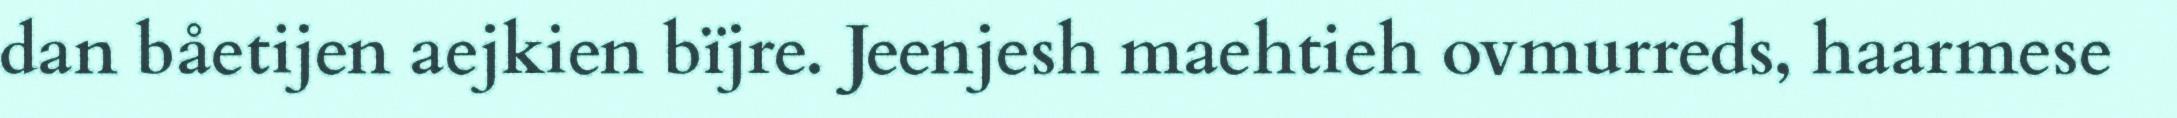
dan båetijen aejkien bïjre. Jeenjesh maehtieh ovmurreds, haarmese